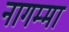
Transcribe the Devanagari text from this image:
नागम्मा